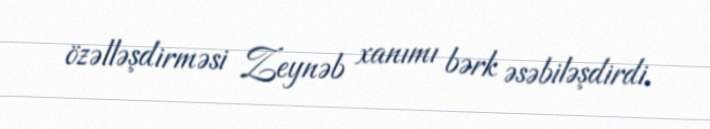
özəlləşdirməsi Zeynəb xanımı bərk əsəbiləşdirdi.